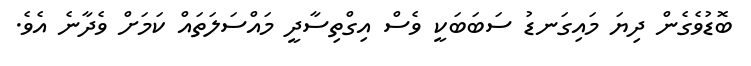
ބޮޑުވެގެން ދިޔަ މައިގަނޑު ސަބަބަކީ ވެސް އިގްތިސާދީ މައްސަލަތައް ކަމަށް ވެދާނެ އެވެ.